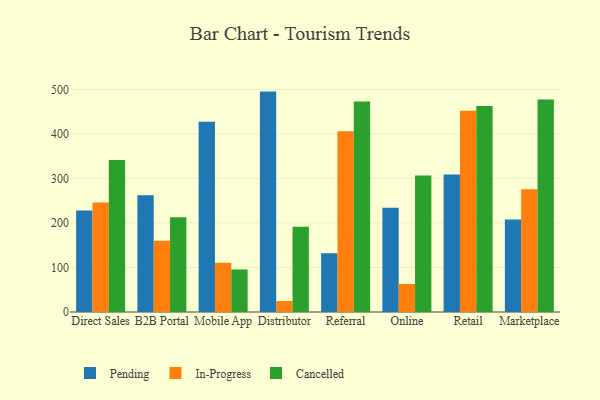
{"axis": {"x": "Channel", "y": "LTV (USD)"}, "legend": ["Cancelled", "In-Progress", "Pending"], "data": [{"x": "Direct Sales", "y": 227.7, "type": "Pending"}, {"x": "Direct Sales", "y": 246.1, "type": "In-Progress"}, {"x": "Direct Sales", "y": 341.2, "type": "Cancelled"}, {"x": "B2B Portal", "y": 262.0, "type": "Pending"}, {"x": "B2B Portal", "y": 159.8, "type": "In-Progress"}, {"x": "B2B Portal", "y": 212.8, "type": "Cancelled"}, {"x": "Mobile App", "y": 427.1, "type": "Pending"}, {"x": "Mobile App", "y": 110.5, "type": "In-Progress"}, {"x": "Mobile App", "y": 95.5, "type": "Cancelled"}, {"x": "Distributor", "y": 494.9, "type": "Pending"}, {"x": "Distributor", "y": 24.7, "type": "In-Progress"}, {"x": "Distributor", "y": 191.2, "type": "Cancelled"}, {"x": "Referral", "y": 132.2, "type": "Pending"}, {"x": "Referral", "y": 405.7, "type": "In-Progress"}, {"x": "Referral", "y": 472.8, "type": "Cancelled"}, {"x": "Online", "y": 233.9, "type": "Pending"}, {"x": "Online", "y": 62.8, "type": "In-Progress"}, {"x": "Online", "y": 306.5, "type": "Cancelled"}, {"x": "Retail", "y": 308.7, "type": "Pending"}, {"x": "Retail", "y": 451.7, "type": "In-Progress"}, {"x": "Retail", "y": 462.8, "type": "Cancelled"}, {"x": "Marketplace", "y": 207.7, "type": "Pending"}, {"x": "Marketplace", "y": 275.4, "type": "In-Progress"}, {"x": "Marketplace", "y": 477.2, "type": "Cancelled"}]}